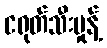
ငရုတ်သီးမှုန့်